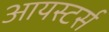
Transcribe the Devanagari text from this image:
आयस्टर्स